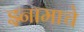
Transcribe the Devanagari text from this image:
इनामाचे